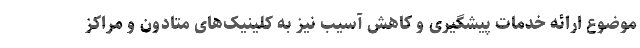
موضوع ارائه خدمات پیشگیری و کاهش آسیب نیز به کلینیک‌های متادون و مراکز